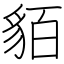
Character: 貊